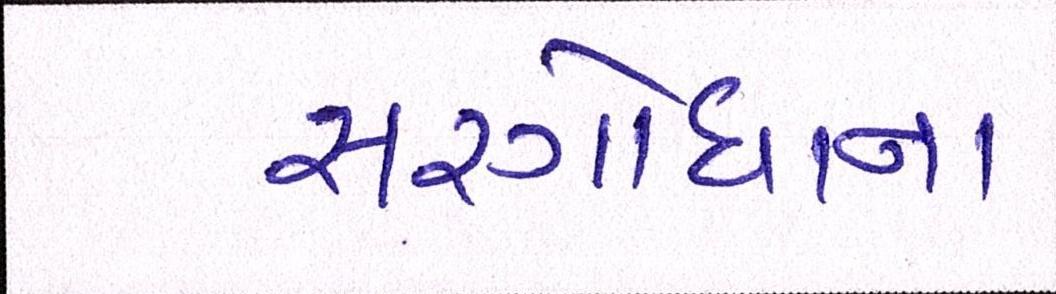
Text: સરગોધાના